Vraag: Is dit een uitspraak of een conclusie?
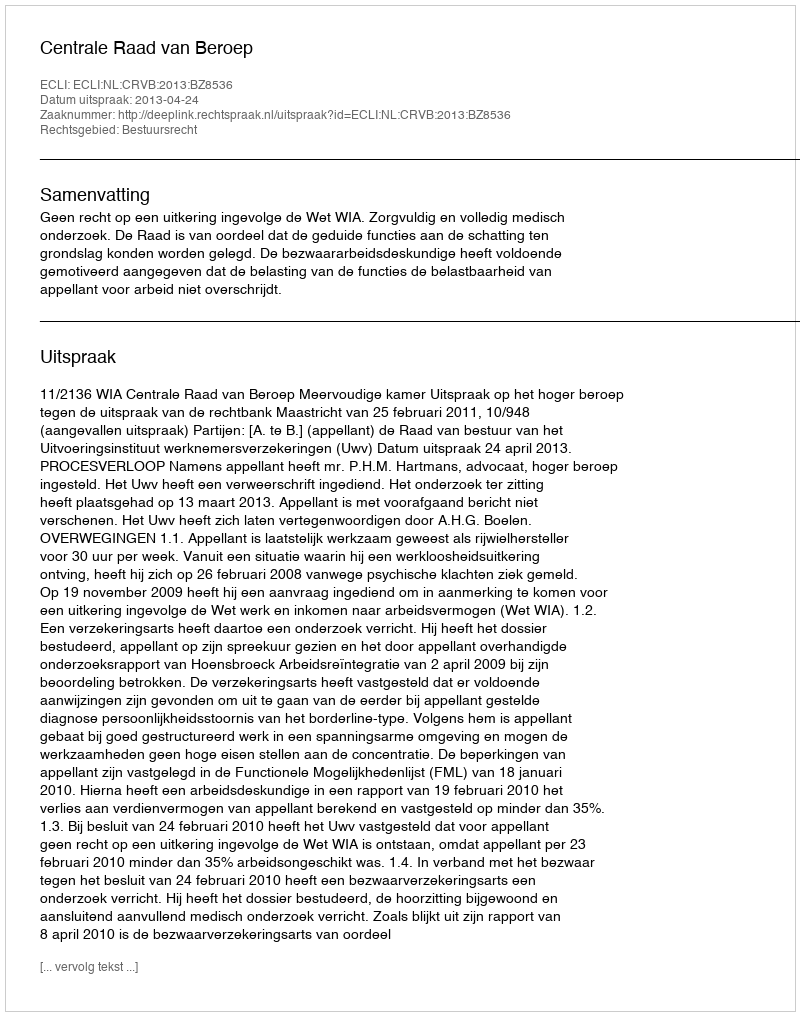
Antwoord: Uitspraak